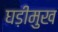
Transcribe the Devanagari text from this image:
घड़ीमुख